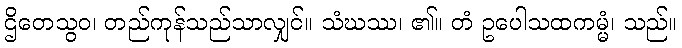
ဌိတေသွဝ၊ တည်ကုန်သည်သာလျှင်။ သံဃဿ၊ ၏။ တံ ဥပေါသထကမ္မံ၊ သည်။